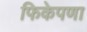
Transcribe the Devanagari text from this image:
फिकेपणा